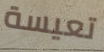
تعيسة